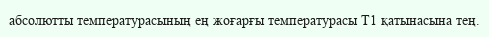
абсолютты температурасының ең жоғарғы температурасы Т1 қатынасына тең.